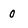
Character: 0